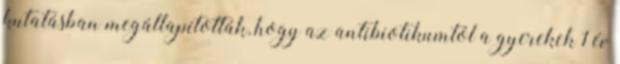
kutatásban megállapították, hogy az antibiotikumtól a gyerekek 1 év